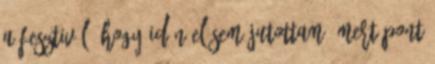
a fesztivál, hogy idén el sem jutottam. mert pont